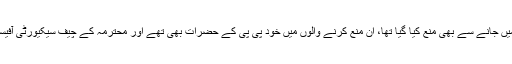
حتیٰ کہ لیاقت باغ والے جلسے میں جانے سے بھی منع کیا گیا تھا، ان منع کرنے والوں میں خود پی پی کے حضرات بھی تھے اور محترمہ کے چیف سیکیورٹی آفیسر نے بھی یہی گزارش کی تھی۔